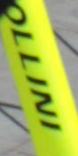
OLLINI